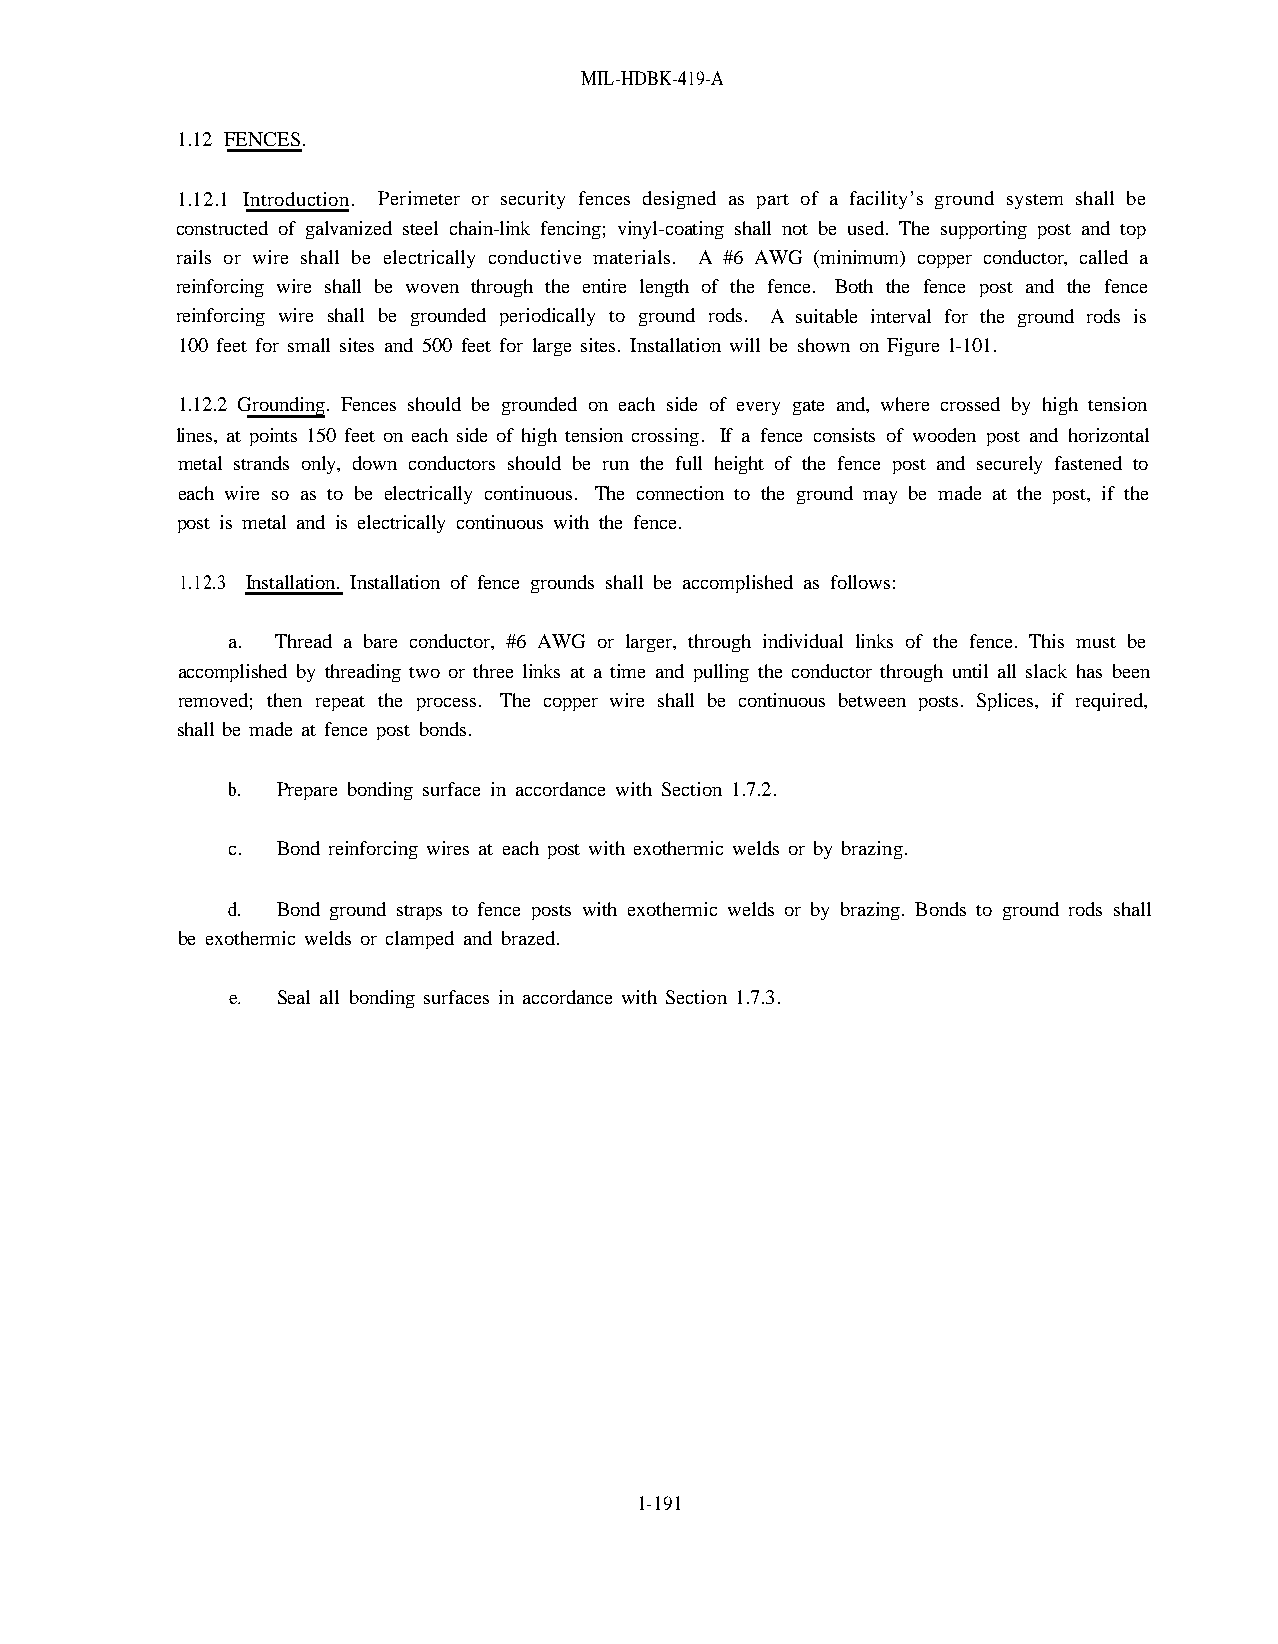
MIL-HDBK-419-A
 1.12 FENCES.
 1.12.1 Introduction. Perimeter or security fences designed as part of a facility’s ground system shall be
 constructed of galvanized steel chain-link fencing; vinyl-coating shall not be used. The supporting post and top
 rails or wire shall be electrically conductive materials. A #6 AWG (minimum) copper conductor, called a
 reinforcing wire shall be woven through the entire length of the fence. Both the fence post and the fence
 reinforcing wire shall be grounded periodically to ground rods. A suitable interval for the ground rods is
 100 feet for small sites and 500 feet for large sites. Installation will be shown on Figure l-101.
 1.12.2 Grounding. Fences should be grounded on each side of every gate and, where crossed by high tension
 lines, at points 150 feet on each side of high tension crossing. If a fence consists of wooden post and horizontal
 metal strands only, down conductors should be run the full height of the fence post and securely fastened to
 each wire so as to be electrically continuous. The connection to the ground may be made at the post, if the
 post is metal and is electrically continuous with the fence.
 1.12.3 Installation. Installation of fence grounds shall be accomplished as follows:
 a. Thread a bare conductor, #6 AWG or larger, through individual links of the fence. This must be
 accomplished by threading two or three links at a time and pulling the conductor through until all slack has been
 removed; then repeat the process. The copper wire shall be continuous between posts. Splices, if required,
 shall be made at fence post bonds.
 b. Prepare bonding surface in accordance with Section 1.7.2.
 c. Bond reinforcing wires at each post with exothermic welds or by brazing.
 d. Bond ground straps to fence posts with exothermic welds or by brazing. Bonds to ground rods shall
 be exothermic welds or clamped and brazed.
 e. Seal all bonding surfaces in accordance with Section 1.7.3.
 1-191